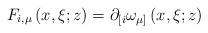
LaTeX: \begin{align*}F_{i,\mu}\left( x,\xi;z\right) =\partial_{\lbrack i}\omega_{\mu]}\left(x,\xi;z\right)\end{align*}